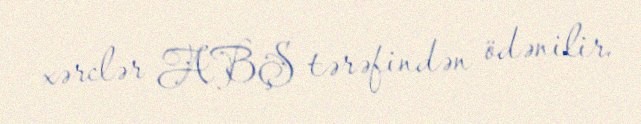
xərclər ABŞ tərəfindən ödənilir.